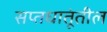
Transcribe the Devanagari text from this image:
सप्तधातूंतील